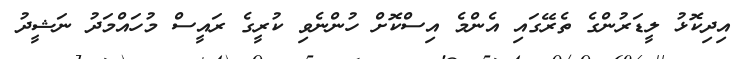
އިދިކޮޅު ލީޑަރުންގެ ތެރޭގައި އެންމެ އިސްކޮށް ހުންނެވި ކުރީގެ ރައީސް މުހައްމަދު ނަޝީދު